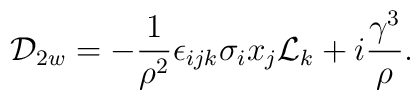
{\cal D}_{2w} =  - {\frac{1}{{\rho}^{2}}} {\epsilon}_{i j k} {\sigma}_{i} x_{j} {\cal L}_{k} + i{\frac{{\gamma}^{3}}{\rho}}.